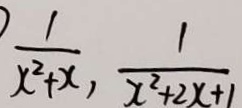
\frac { 1 } { x ^ { 2 } + x } , \frac { 1 } { x ^ { 2 } + 2 x + 1 }